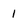
Character: 1